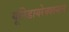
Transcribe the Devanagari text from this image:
यूनिडायरेक्शनल